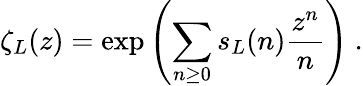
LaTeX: \zeta_{L}(z)=\exp\left({\sum_{n\geq 0}s_{L}(n){\frac{z^{n}}{n}}}\right)\ .